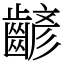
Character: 齴